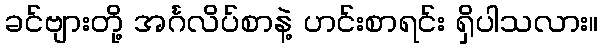
ခင်ဗျားတို့ အင်္ဂလိပ်စာနဲ့ ဟင်းစာရင်း ရှိပါသလား။